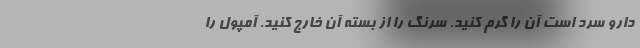
دارو سرد است آن را گرم کنید. سرنگ را از بسته آن خارج کنید. آمپول را